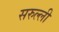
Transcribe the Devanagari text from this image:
सरुल्ली